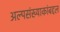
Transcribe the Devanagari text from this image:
अल्पसंख्याकांबद्दल